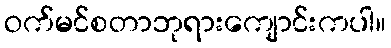
ဝက်မင်စတာဘုရားကျောင်းကပါ။